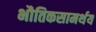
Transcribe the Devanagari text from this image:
भौतिकसामर्थय